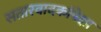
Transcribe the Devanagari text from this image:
सतारवादकांपेक्षा